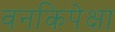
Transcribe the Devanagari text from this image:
वनकिपेक्षा